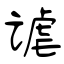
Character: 谑